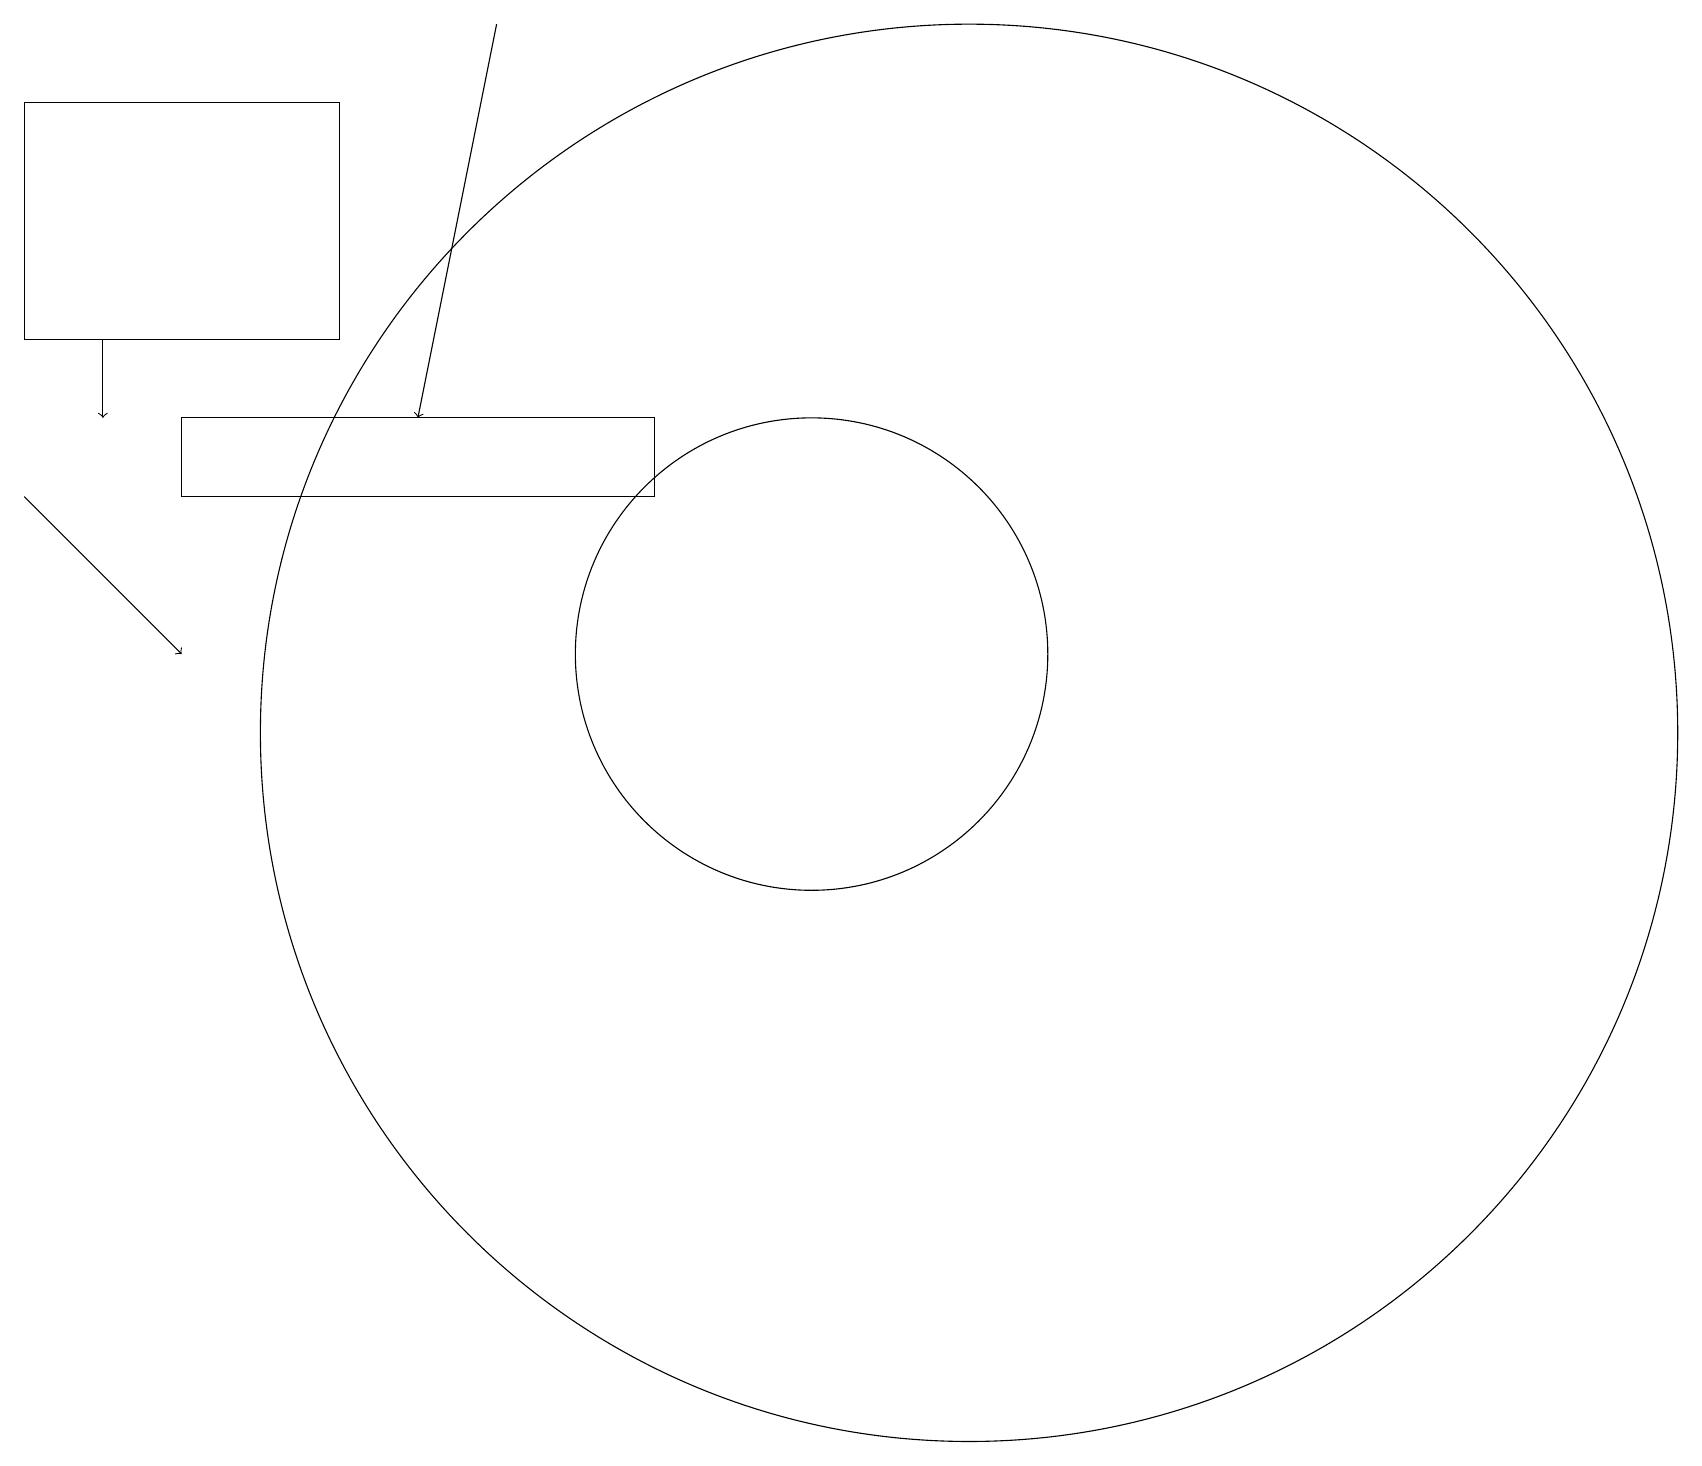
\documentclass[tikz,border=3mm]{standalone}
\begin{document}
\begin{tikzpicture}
\draw (10,11) circle (3);
\draw (8,13) rectangle (2,14);
\draw[->] (1,15) -- (1,14);
\draw[->] (6,19) -- (5,14);
\draw[->] (0,13) -- (2,11);
\draw (4,18) rectangle (0,15);
\draw (12,10) circle (9);
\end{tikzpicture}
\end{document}